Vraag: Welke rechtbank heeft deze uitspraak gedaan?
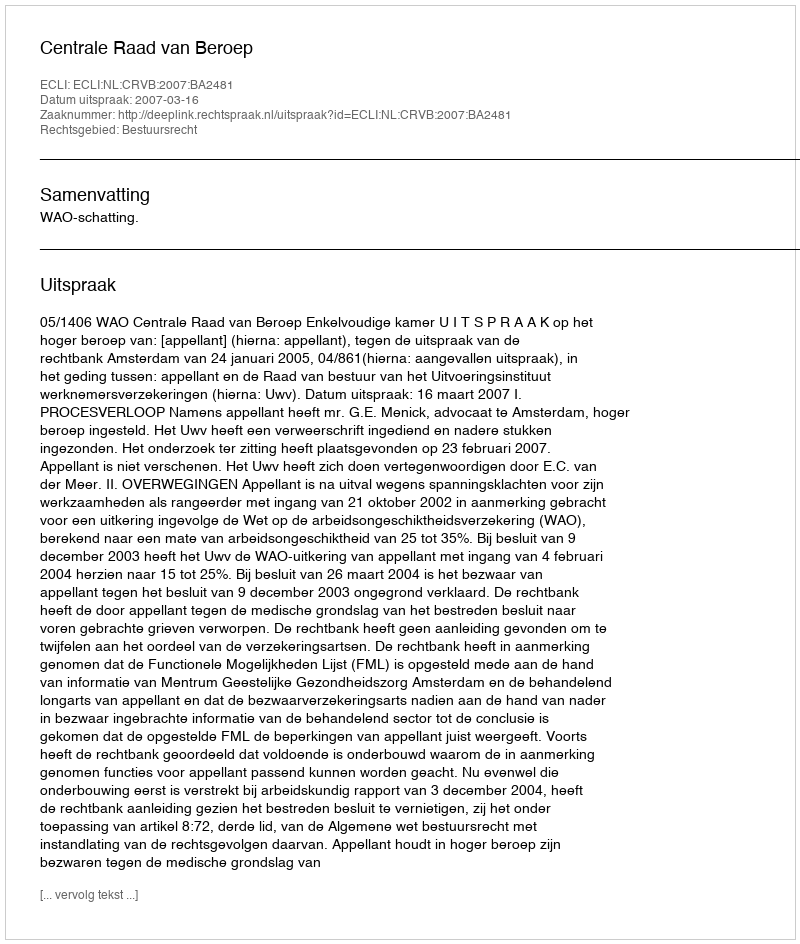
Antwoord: Centrale Raad van Beroep